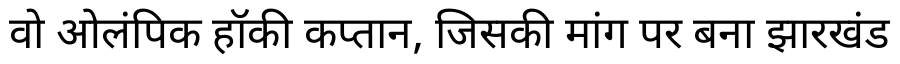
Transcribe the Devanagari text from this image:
वो ओलंपिक हॉकी कप्तान, जिसकी मांग पर बना झारखंड